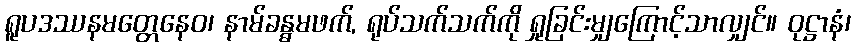
ရူပဒဿနမတ္တေနေဝ၊ နာမ်ခန္ဓမဖက်, ရုပ်သက်သက်ကို ရှုခြင်းမျှကြောင့်သာလျှင်။ ဝုဋ္ဌာနံ၊